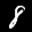
Label: 8